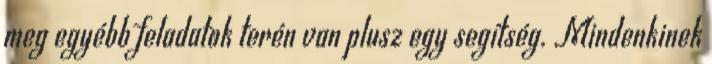
meg egyébb feladatok terén van plusz egy segítség. Mindenkinek